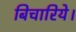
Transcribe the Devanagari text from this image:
बिचारिये।